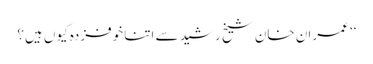
‘‘ عمران خان شیخ رشید سے اتنا خوفزدہ کیوں ہیں؟